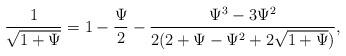
LaTeX: \begin{align*} \frac{1}{\sqrt{1+\Psi}}=1-\frac{\Psi}{2}-\frac{\Psi^3-3\Psi^2}{2(2+\Psi-\Psi^2+2\sqrt{1+\Psi})}, \end{align*}